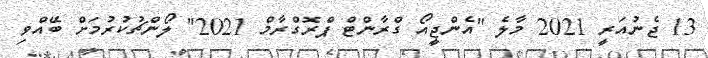
13 ޖެނުއަރީ 2021 މާލެ "އެންޖީއޯ ގްރާންޓް ޕްރޮގްރާމް 2021" ލޯންޗުކުރުމަށް ބޭއްވި